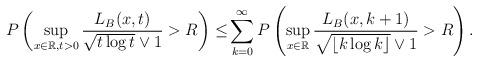
LaTeX: \begin{align*}P\left(\sup_{x\in \mathbb{R},t>0} \frac{L_B(x,t)}{\sqrt{t\log t}\vee 1} > R \right)\leq &\sum_{k=0}^{\infty} P\left(\sup_{x\in \mathbb{R}} \frac{L_B(x,k +1)}{\sqrt{\lfloor k \log k\rfloor }\vee 1} > R \right).\end{align*}